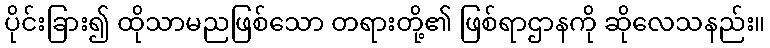
ပိုင်းခြား၍ ထိုသာမညဖြစ်သော တရားတို့၏ ဖြစ်ရာဌာနကို ဆိုလေသနည်း။